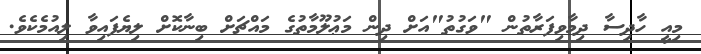
މިއީ ހާދިސާ ދިމާވިފަރާތުން "ވަގުތު"އަށް ދިން މަޢުލޫމާތުގެ މައްޗަށް ބިނާކޮށް ލިޔެފައިވާ ލިއުމެކެވެ.